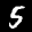
Label: 5